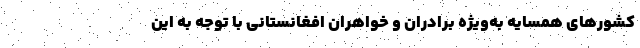
کشورهای همسایه به‌ویژه برادران و خواهران افغانستانی با توجه به این